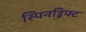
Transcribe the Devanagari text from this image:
स्पिनड्रिफ्ट